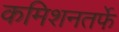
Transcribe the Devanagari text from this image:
कमिशनतर्फे